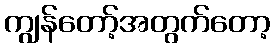
ကျွန်တော့်အတွက်တော့